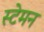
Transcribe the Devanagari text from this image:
स्टेमन